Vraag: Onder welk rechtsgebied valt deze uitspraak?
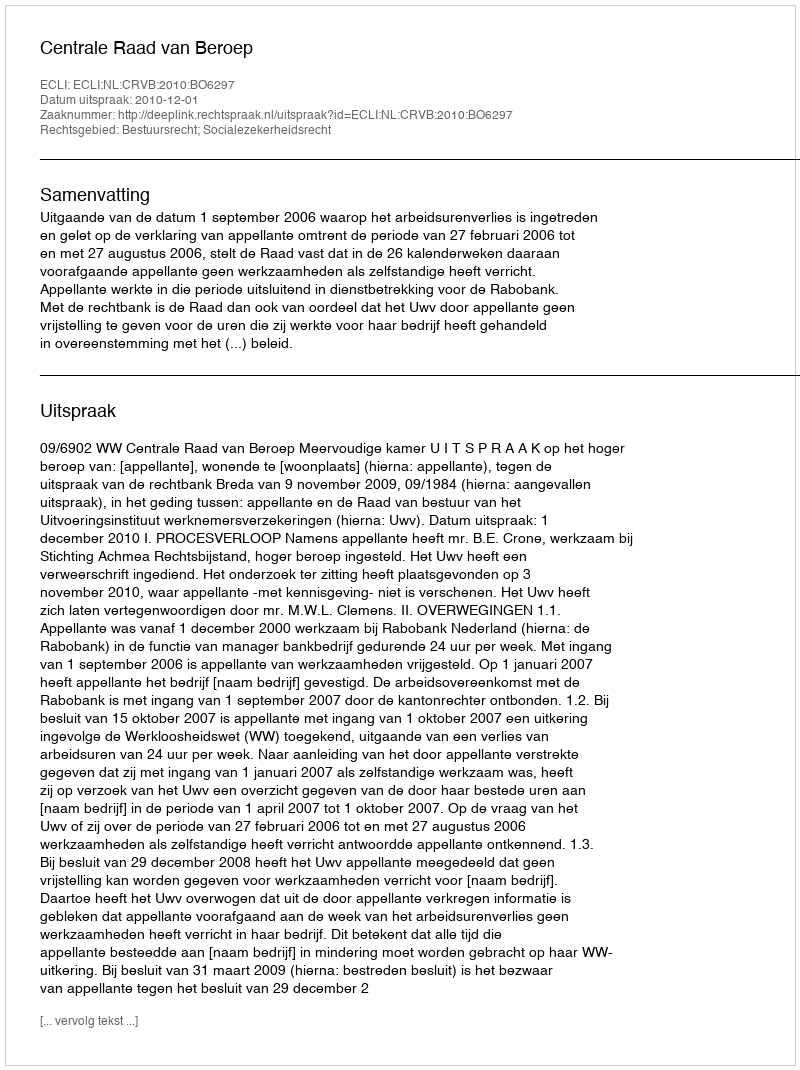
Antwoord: Bestuursrecht; Socialezekerheidsrecht